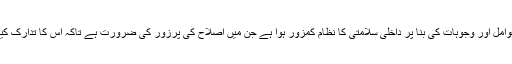
درج ذیل عوامل اور وجوہات کی بنا پر داخلی سلامتی کا نظام کمزور ہوا ہے جن میں اصلاح کی پرزور کی ضرورت ہے تاکہ اس کا تدارک کیا جاسکے ۔